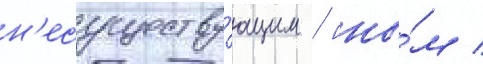
н'есуществу́ющим / ины́м /